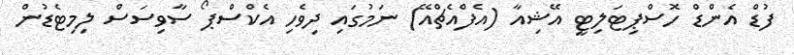
ފުޑް އެންޑް ހޮސްޕިޓަލިޓީ އޭޝިއާ (އެފްއެޗްއޭ) ނަމުގައި ދިވެހި އެކްސްޕޯ ސާވިސަސް ލިމިޓެޑުން